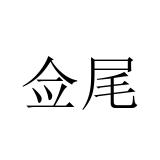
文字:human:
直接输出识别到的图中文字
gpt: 佥尾